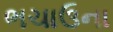
ભચાઉના